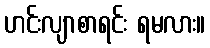
ဟင်းလျာစာရင်း ရမလား။